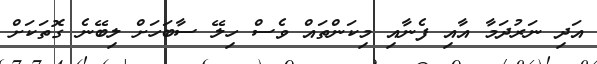
އަދި ނަރުދަމާ އާއި ފެނާއި މިކަންތައް ވެސް ހިލޭ ސާބަހަށް ލިބޭނެ ގޮތަކަށް